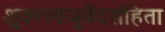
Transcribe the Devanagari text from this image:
शुक्लयजुर्वेदसंहिता